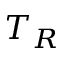
T _ { R }